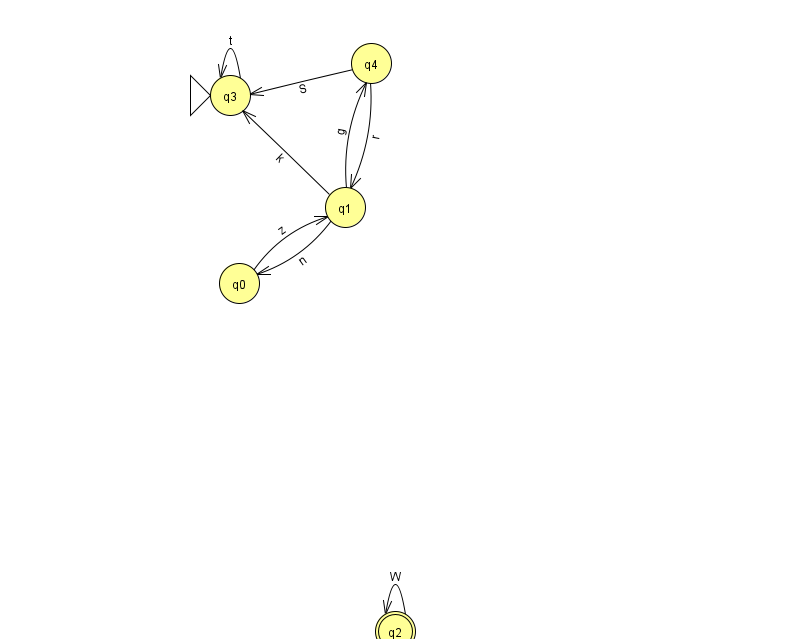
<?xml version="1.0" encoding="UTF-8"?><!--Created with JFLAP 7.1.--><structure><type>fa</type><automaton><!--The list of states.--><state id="0" name="q0"><x>239.0</x><y>270.0</y></state><state id="1" name="q1"><x>345.0</x><y>194.0</y></state><state id="2" name="q2"><x>395.0</x><y>618.0</y><final/></state><state id="3" name="q3"><x>230.0</x><y>82.0</y><initial/></state><state id="4" name="q4"><x>371.0</x><y>50.0</y></state><!--The list of transitions.--><transition><from>0</from><to>1</to><read>z</read></transition><transition><from>4</from><to>1</to><read>r</read></transition><transition><from>4</from><to>3</to><read>S</read></transition><transition><from>1</from><to>0</to><read>n</read></transition><transition><from>1</from><to>4</to><read>g</read></transition><transition><from>3</from><to>3</to><read>t</read></transition><transition><from>2</from><to>2</to><read>W</read></transition><transition><from>1</from><to>3</to><read>k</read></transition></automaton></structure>